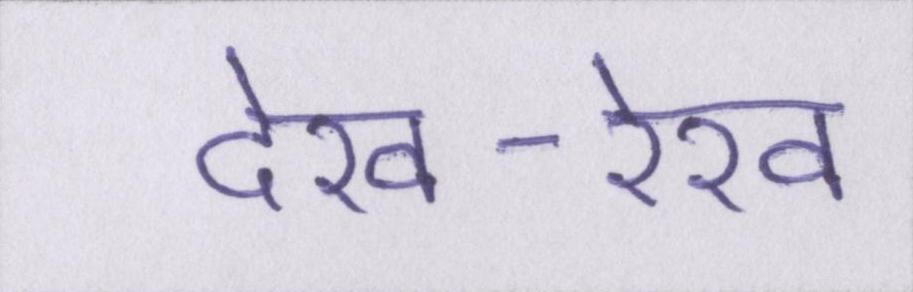
देख-रेख